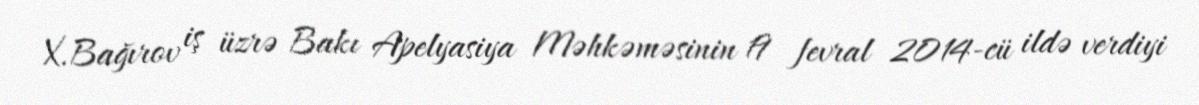
X.Bağırov iş üzrə Bakı Apelyasiya Məhkəməsinin 19 fevral 2014-cü ildə verdiyi